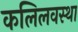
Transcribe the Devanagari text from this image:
कलिलवस्था